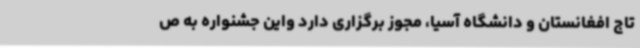
تاج افغانستان و دانشگاه آسیا، مجوز برگزاری دارد واین جشنواره به ص